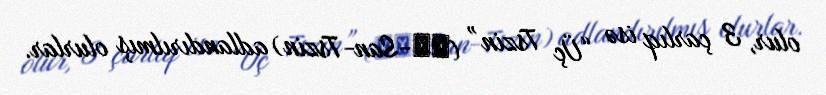
olur, 3 çarlıq isə “Üç Tszin” (三晉-San-Tszin) adlandırılmış olurlar.